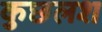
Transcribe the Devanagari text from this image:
कुछलश